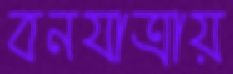
বনযাত্রায়